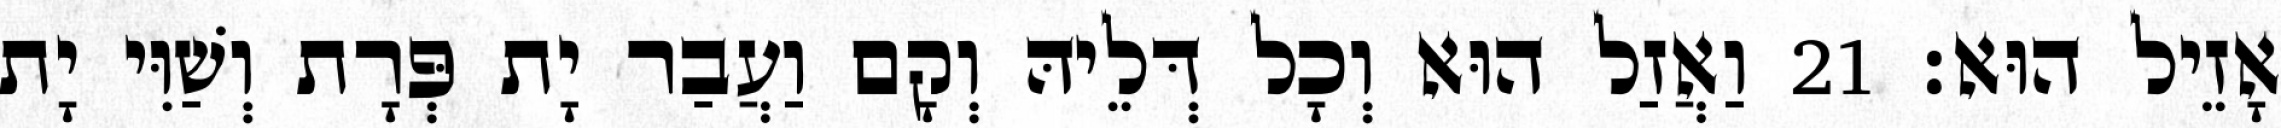
אָזֵיל הוּא׃ 21 וַאֲזַל הוּא וְכָל דְּלֵיהּ וְקָם וַעֲבַר יָת פְּרָת וְשַׁוִּי יָת